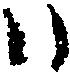
ハ